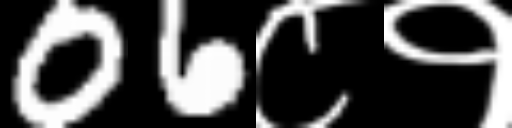
Text: 06८१